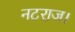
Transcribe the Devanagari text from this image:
नटराज।